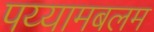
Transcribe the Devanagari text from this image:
पय्यामबलम